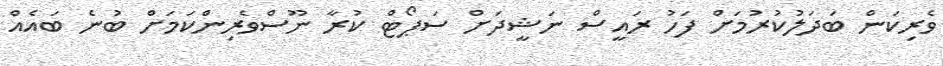
ވެރިކަން ބަދަލުކުރުމަށް ފަހު ރައީސް ނަޝީދަށް ސަޕޯޓް ކުރާ ނޫސްވެރިންކަމަށް ބުނެ ބައެއް